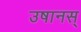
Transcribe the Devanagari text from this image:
उषानस्‌